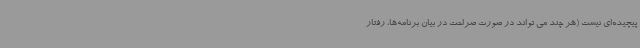
پیچیده‌ای نیست (هر چند می تواند در صورت صراحت در بیان برنامه‌ها، رفتار